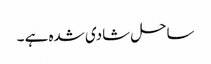
ساحل شادی شدہ ہے ۔